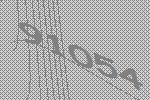
91054